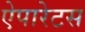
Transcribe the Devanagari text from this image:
ऐपारेटस